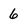
Character: 6